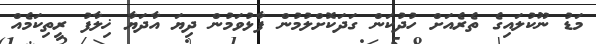
މަޑު ނޫކުލައިގެ ތެރެއަށް ހުދުކަން ގަދަކޮށްލުމުން ފާޅުވަމުން ދިޔަ އާދަޔާ ޚިލާފު ރީތިކަމެއް